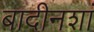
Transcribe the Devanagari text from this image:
बादीनशां